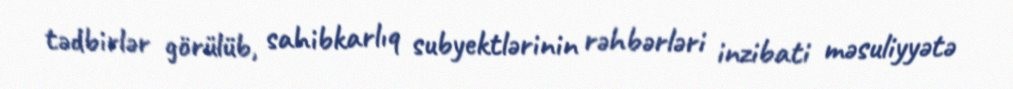
tədbirlər görülüb, sahibkarlıq subyektlərinin rəhbərləri inzibati məsuliyyətə